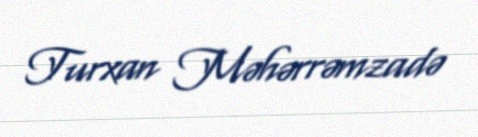
Turxan Məhərrəmzadə